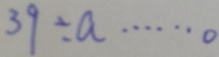
3 9 \div a \cdots 0